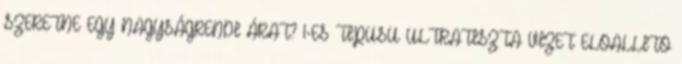
SZERETNE EGY NAGYSÁGRENDI ÁRAT? 1-ES TÍPUSÚ ULTRATISZTA VIZET ELŐÁLLÍTÓ